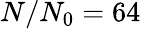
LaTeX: N/N_{0}=64\